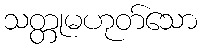
သတ္တုမဟုတ်သော